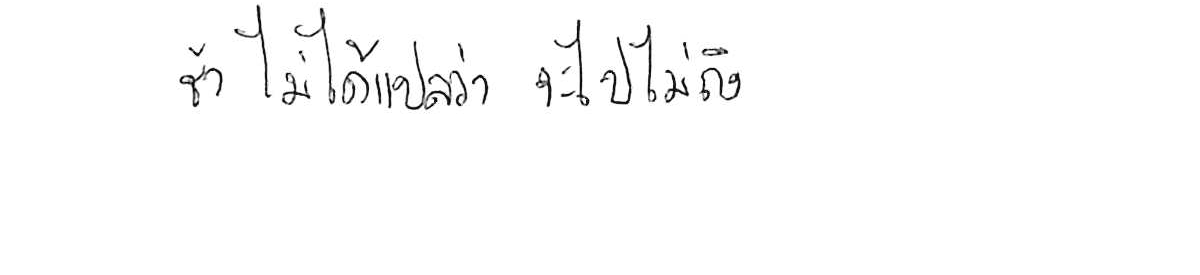
ช้า ไม่ได้แปลว่า จะไปไม่ถึง